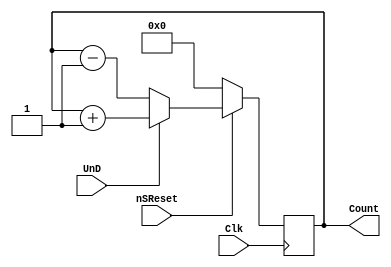
/**	@task   : UpDownCounter with Sycn Reset
 *  @param  : UnD = 0 -> Count Down 
 *			  UnD = 1 -> Count Up 
 *	@date   : 29.03.2017	
 */
module UpDownCounter(Clk,nSReset,UnD,Count);

input Clk;
input nSReset;
input UnD;
output [7:0] Count;

reg [7:0] Counter;

always @(posedge Clk)
	if (nSReset == 1'b0)
		Counter <= 0;
	else
		if (UnD == 1'b0) 
			Counter <= Counter - 1'b1;
		else
			Counter <= Counter + 1'b1;

assign Count = Counter;
			
endmodule

/**	@task   : UpDownCounter with ASycn Reset and Count Enable
 *  @param  : UnD = 0 -> Count Down 
 *			  UnD = 1 -> Count Up 
 *			  CntEn = 0 -> Stop	
 *			  CntEn = 1 -> Start	
 *	@date   : 29.03.2017	
 */
module UpDownCounterAsyc(Clk,nAReset,CntEn,UnD,Count);

input Clk;
input nAReset;
input CntEn;
input UnD;
output [7:0] Count;

reg [7:0] Counter;

always @(posedge Clk or negedge nAReset)
	if (nAReset == 1'b0)
		Counter <= 0;
	else
		if (CntEn == 1'b0)
			Counter <= Counter;
		else
			if (UnD == 1'b0) 
				Counter <= Counter - 1'b1;
			else
				Counter <= Counter + 1'b1;

assign Count = Counter;
			
endmodule